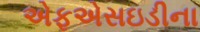
એફએસઇડીના